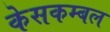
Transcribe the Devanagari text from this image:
केसकम्बल